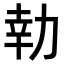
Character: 𭄬